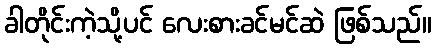
ခါတိုင်းကဲ့သို့ပင် လေးစားခင်မင်ဆဲ ဖြစ်သည်။